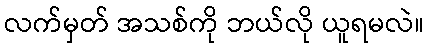
လက်မှတ် အသစ်ကို ဘယ်လို ယူရမလဲ။